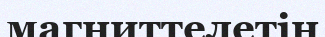
магниттелетін